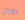
عامان